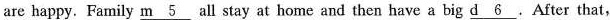
are happy. Family \underline{m5} all stay at home and then have a big \underline{d6}.After that,